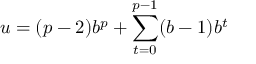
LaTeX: u = ( p - 2 ) b ^ { p } + \sum _ { t = 0 } ^ { p - 1 } ( b - 1 ) b ^ { t }